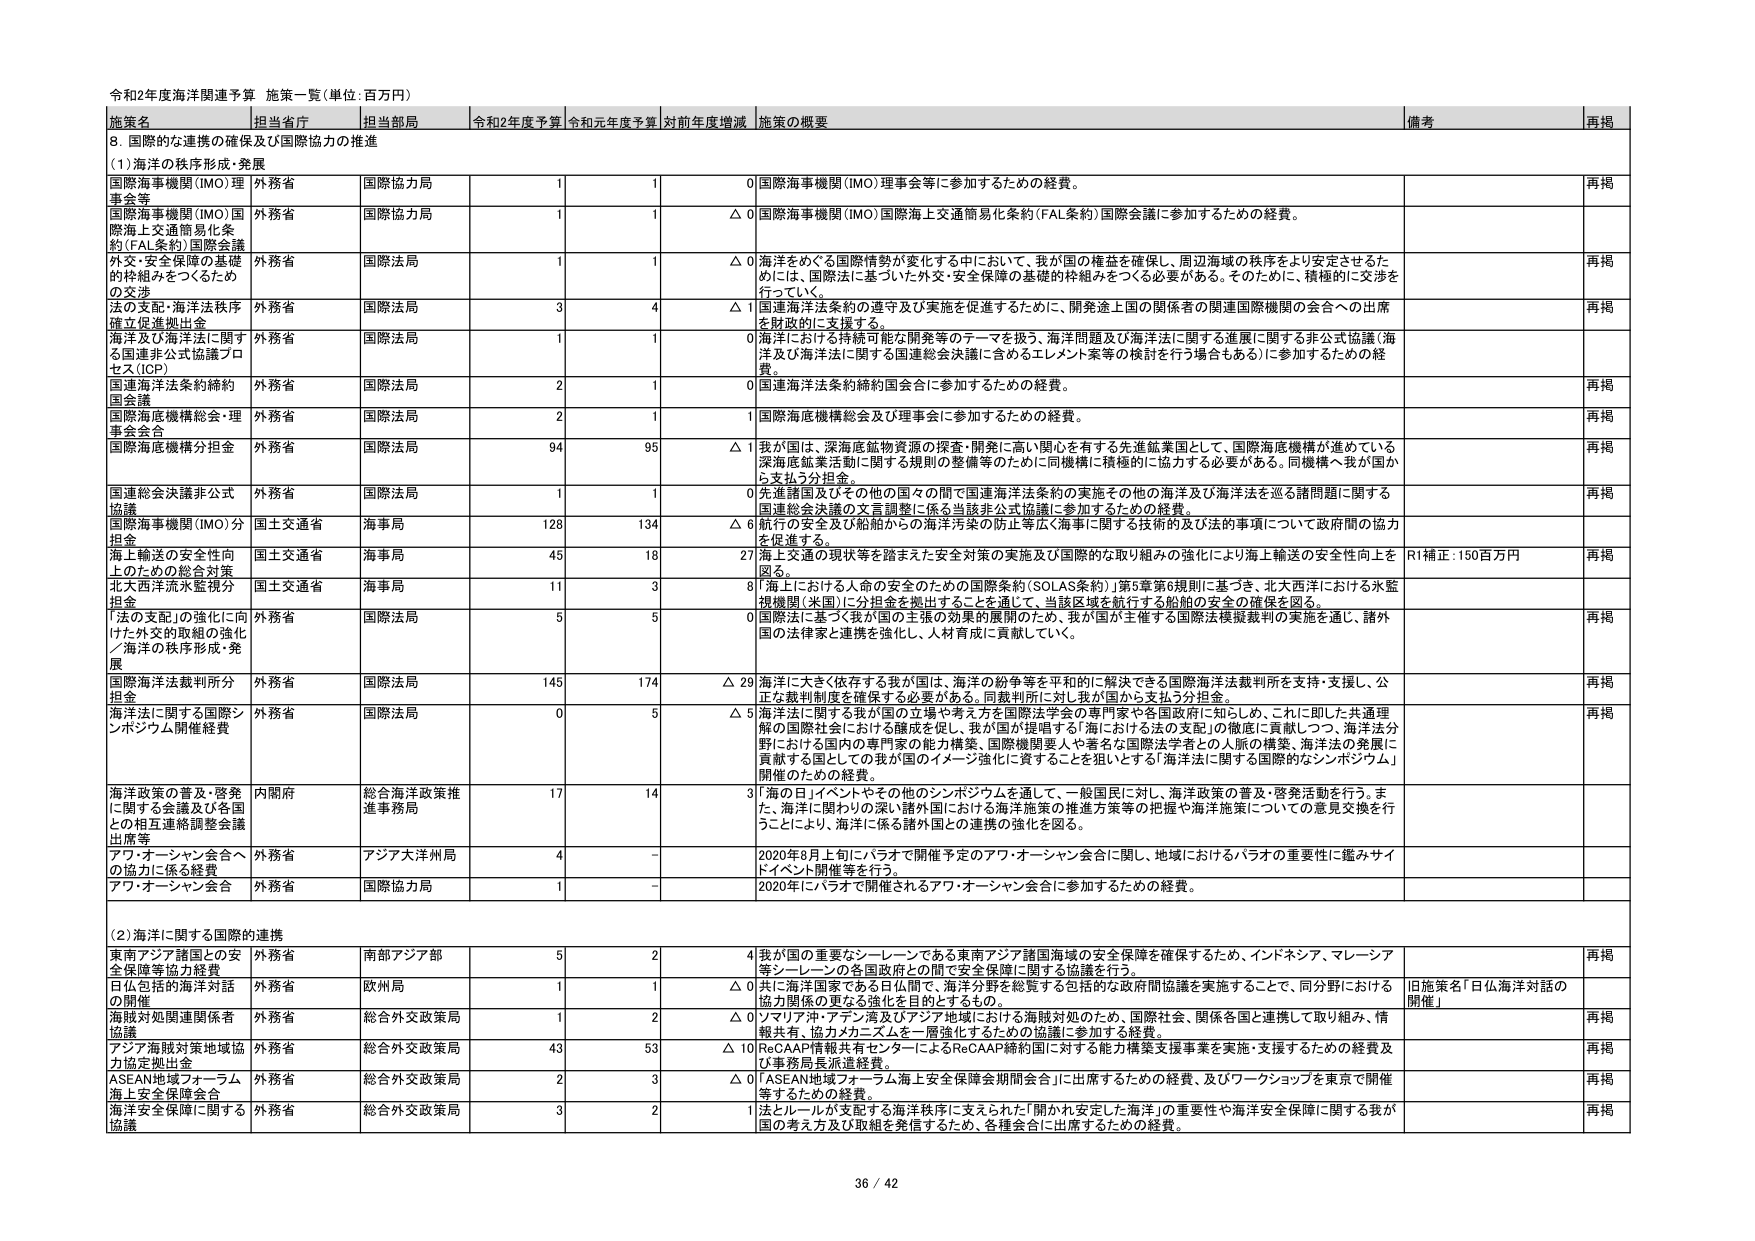
令和2年度海洋関連予算 施策一覧（単位：百万円）

施策名 担当省庁 担当部局 令和2年度予算 令和元年度予算 対前年度増減 施策の概要 備考 再掲

8. 国際的な連携の確保及び国際協力の推進

(1) 海洋の秩序形成・発展

国際海事機関（IMO）理事会等 外務省 国際協力局 1 1 0 国際海事機関（IMO）理事会等に参加するための経費。 再掲

国際海事機関（IMO）国際海上交通簡易化条約（FAL条約）国際会議 外務省 国際協力局 1 1 △0 国際海事機関（IMO）国際海上交通簡易化条約（FAL条約）国際会議に参加するための経費。 再掲

外交・安全保障の基礎的枠組みをつくるための交渉 外務省 国際法局 1 1 △0 海洋をめぐる国際情勢が変化する中において、我が国の権益を確保し、周辺海域の秩序をより安定させるためには、国際法に基づいた外交・安全保障の基礎的枠組みをつくる必要がある。そのために、積極的に交渉を行っていく。 再掲

法の支配・海洋法秩序確立促進拠出金 外務省 国際法局 3 4 △1 国連海洋法条約の遵守及び実施を促進するために、開発途上国の関係者の関連国際機関の会合への出席を財政的に支援する。 再掲

海洋及び海洋法に関する国連非公式協議プロセス（ICP） 外務省 国際法局 1 1 0 海洋における持続可能な開発等のテーマを扱う、海洋問題及び海洋法に関する進展に関する非公式協議（海洋及び海洋法に関する国連総会決議に含めるエレメント案等の検討を行う場合もある）に参加するための経費。 再掲

国連海洋法条約締約国会議 外務省 国際法局 2 1 0 国連海洋法条約締約国会合に参加するための経費。 再掲

国際海底機構総会・理事会会合 外務省 国際法局 2 1 1 国際海底機構総会及び理事会に参加するための経費。 再掲

国際海底機構分担金 外務省 国際法局 94 95 △1 我が国は、深海底鉱物資源の探査・開発に高い関心を有する先進鉱業国として、国際海底機構が進めている深海底鉱業活動に関する規則の整備等のために同機構に積極的に協力する必要がある。同機構へ我が国から支払う分担金。 再掲

国連総会決議非公式協議 外務省 国際法局 1 1 0 先進諸国及びその他の国々の間で国連海洋法条約の実施その他の海洋及び海洋法を巡る諸問題に関する国連総会決議の文言調整に係る当該非公式協議に参加するための経費。 再掲

国際海事機関（IMO）分担金 国土交通省 海事局 128 134 △6 航行の安全及び船舶からの海洋汚染の防止等海上海事に関する技術的及び法的事項について政府間の協力を促進する。 再掲

海上輸送の安全性向上のための総合対策 国土交通省 海事局 45 18 27 海上交通の現状等を踏まえた安全対策の実施及び国際的な取り組みの強化により海上輸送の安全性向上を図る。 R1補正：150百万円 再掲

北大西洋流水監視分担金 国土交通省 海事局 11 3 8「海上における人命の安全のための国際条約（SOLAS条約）第5章第6規則に基づき、北大西洋における水監視機関（米国）に分担金を拠出することを通じて、当該区域を航行する船舶の安全の確保を図る。 再掲

「法の支配」の強化に向けた外交的取組の強化／海洋の秩序形成・発展 外務省 国際法局 5 5 0 国際法に基づく我が国の主張の効果的展開のため、我が国が主催する国際法模擬裁判の実施を通じ、諸外国の法律家と連携を強化し、人材育成に貢献していく。 再掲

国際海洋法裁判所分担金 外務省 国際法局 145 174 △29 海洋に大きく依存する我が国は、海洋の紛争等を平和的に解決できる国際海洋法裁判所を支持・支援し、公正な裁判制度を確保する必要がある。同裁判所に対し我が国から支払う分担金。 再掲

海洋法に関する国際シンポジウム開催経費 外務省 国際法局 0 5 △5 海洋法に関する我が国の立場や考え方を国際法学会の専門家や各国政府に知らしめ、これに即した共通理解の国際社会における醸成を促し、我が国が提唱する「海における法の支配」の徹底に貢献しつつ、海洋法分野における国内の専門家の能力構築、国際機関要人や著名な国際法学者との人脈の構築、海洋法の発展に貢献する国としての我が国のイメージ強化に資することを狙いとする「海洋法に関する国際的なシンポジウム」開催のための経費。 再掲

海洋政策の普及・啓発に関する会議及び各国との相互連絡調整会議出席等 内閣府 総合海洋政策推進事務局 17 14 3「海の日」イベントやその他のシンポジウムを通して、一般国民に対し、海洋政策の普及・啓発活動を行う。また、海洋に関わりの深い諸外国における海洋施策の推進方策等の把握や海洋施策についての意見交換を行うことにより、海洋に係る諸外国との連携の強化を図る。 再掲

アフ・オーシャン会合への協力に係る経費 外務省 アジア大洋州局 4 - 2020年8月上旬にパラオで開催予定のアフ・オーシャン会合に関し、地域におけるパラオの重要性に鑑みサイドイベント開催等を行う。 再掲

アフ・オーシャン会合 外務省 国際協力局 1 - 2020年にパラオで開催されるアフ・オーシャン会合に参加するための経費。 再掲

(2) 海洋に関する国際的連携

東南アジア諸国との安全保障等協力経費 外務省 南部アジア部 5 2 4 我が国の重要なシーレーンである東南アジア諸国海域の安全保障を確保するため、インドネシア、マレーシア等シーレーンの各国政府との間で安全保障に関する協議を行う。 再掲

日仏包括的海洋対話の開催 外務省 欧州局 1 1 △0 共に海洋国家である日仏間で、海洋分野を総括する包括的な政府間協議を実施することで、同分野における協力関係の更なる強化を目的とするもの。 旧施策名「日仏海洋対話の開催」

海賊対処関連関係者協議 外務省 総合外交政策局 1 2 △0 マリアナ沖・アデン湾及びアジア地域における海賊対処のため、国際社会、関係各国と連携して取り組み、情報共有、協力カーネスルを一層強化するための協議に参加する経費。 再掲

アジア海賊対策地域協力協定拠出金 外務省 総合外交政策局 43 53 △10 ReCAAP情報共有センターによるReCAAP締約国に対する能力構築支援事業を実施・支援するための経費及び事務局長派遣経費。 再掲

ASEAN地域フォーラム海上安全保障会合 外務省 総合外交政策局 2 3 △0 「ASEAN地域フォーラム海上安全保障会期間会合」に出席するための経費、及びワークショップを東京で開催するための経費。 再掲

海洋安全保障に関する協議 外務省 総合外交政策局 3 2 1 法とルールが支配する海洋秩序に支えられた「開かれた安定した海洋」の重要性や海洋安全保障に関する我が国の考え方及び取組を発信するため、各種会合に出席するための経費。 再掲

36 / 42